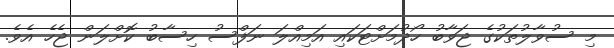
މި ސުވާލުތަކުގެ ޖަވާބު ހޯދުމަށްޓަކައި އަމިއްލަ ނަފްސު ހިސާބު ކޮށްލަން ޖެހެ އެވެ.